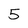
Character: 5